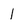
Character: 1